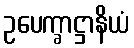
ဥပေက္ခာဋ္ဌာနိယံ